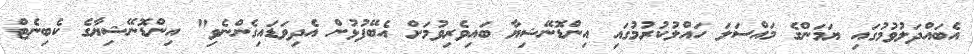
އެބައްދަލުވުމުގައި ޔަމަންގެ މައްސަލަ ހައްލުކުރުމުގައި އިންޑޮނޭޝިޔާ ބައިވެރިވުމަށް އެބޭފުޅުން އެދިވަޑައިގެންނެވި" އިންޑޮނޭޝިޔާގެ ކެބިނެޓް